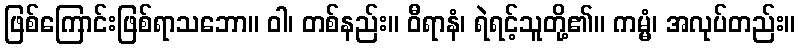
ဖြစ်ကြောင်းဖြစ်ရာသဘော။ ဝါ၊ တစ်နည်း။ ဝီရာနံ၊ ရဲရင့်သူတို့၏။ ကမ္မံ၊ အလုပ်တည်း။